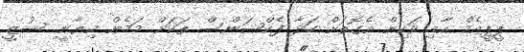
ޕީޕީއެމް އާއި ވަކިން އެގޮތަށް ހަދާ ފެކްޝަންސް ތަކަށް މަމެން ކިޔާނީ ސުޒީ